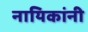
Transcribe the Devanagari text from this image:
नायिकांनी